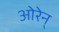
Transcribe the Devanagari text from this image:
ओरेन्